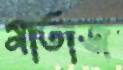
মাতাজ